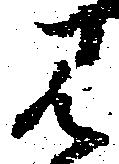
み